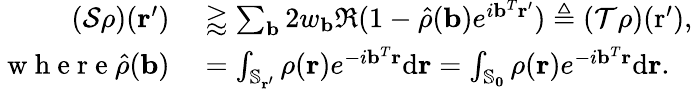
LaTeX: \begin{array}{rl}{(\mathcal{S}\rho)(\mathbf{r}^{\prime})}&{{}\gtrapprox\sum_{\mathbf{b}}2w_{\mathbf{b}}\Re(1-\hat{\rho}(\mathbf{b})e^{i\mathbf{b}^{T}\mathbf{r}^{\prime}})\triangleq(\mathcal{T}\rho)(\mathrm{r}^{\prime}),}\\ {\mathrm{~w~h~e~r~e~}\hat{\rho}(\mathbf{b})}&{{}=\int_{\mathbb{S}_{\mathbf{r}^{\prime}}}\rho(\mathbf{r})e^{-i\mathbf{b}^{T}\mathbf{r}}\mathrm{d}\mathbf{r}=\int_{\mathbb{S}_{\mathbf{0}}}\rho(\mathbf{r})e^{-i\mathbf{b}^{T}\mathbf{r}}\mathrm{d}\mathbf{r}.}\end{array}